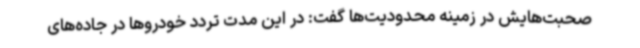
صحبت‌هایش در زمینه محدودیت‌ها گفت: در این مدت تردد خودروها در جاده‌های